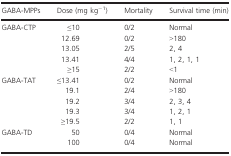
| GABA‐MPPs | Dose (mg kg−1) | Mortality | Survival time (min) |
 | --- | --- | --- | --- |
 | <ROWSPAN=5> GABA‐CTP | ≤10 | 0/2 | Normal |
 | 12.69 | 0/2 | >180 |
 | 13.05 | 2/5 | 2, 4 |
 | 13.41 | 4/4 | 1, 2, 1, 1 |
 | ≥15 | 2/2 | <1 |
 | <ROWSPAN=5> GABA‐TAT | ≤13.41 | 0/2 | Normal |
 | 19.1 | 2/4 | >180 |
 | 19.2 | 3/4 | 2, 3, 4 |
 | 19.3 | 3/4 | 1, 2, 1 |
 | ≥19.5 | 2/2 | 1, 1 |
 | <ROWSPAN=2> GABA‐TD | 50 | 0/4 | Normal |
 | 100 | 0/4 | Normal |